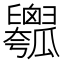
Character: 𤬢